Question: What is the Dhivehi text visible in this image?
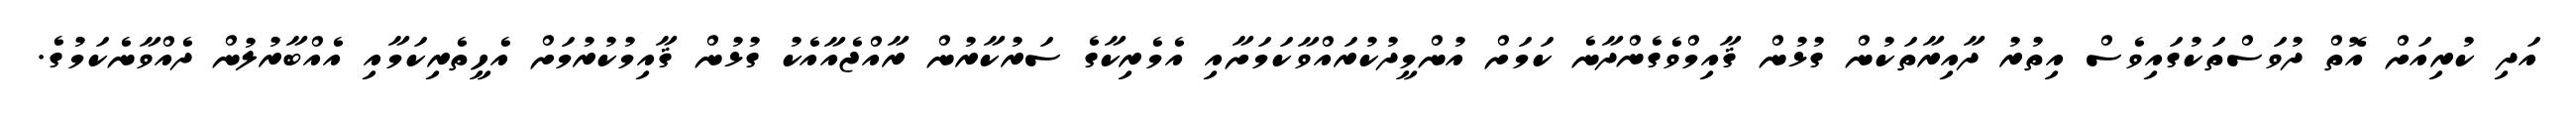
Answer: އަދި ކުރިއަށް އޮތް ދުވަސްތަކުގައިވެސް އިތުރު ދާއިރާތަކުން ގުޅުން ޤާއިމްވެގެންދާނެ ކަމަށް އުންމީދުކުރައްވާކަމަށާއި އެމެރިކާގެ ސަރުކާރުން ރާއްޖެއާއެކު ގުޅުން ޤާއިމުކުރުމަށް އެހީތެރިކަމާއި އެއްބާރުލުން ދެއްވާނެކަމުގެ.